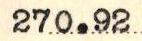
270.92